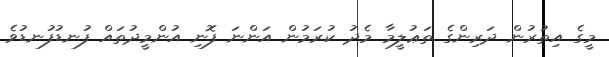
މީގެ އިތުރުން ދަރިންގެ ތަޢުލީމާ މެދު ކުރަމުން އަންނަ ފޮނި އުންމީދުތައް ފުނޑުފުނޑުވެ